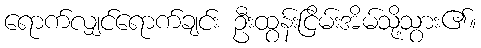
ရောက်လျှင်ရောက်ချင်း ဦးထွန်းငြိမ်းအိမ်သို့သွား၏။